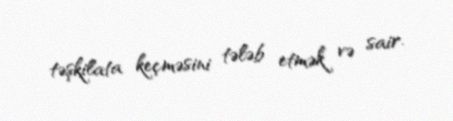
təşkilata keçməsini tələb etmək və sair.